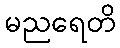
မညရေတိ